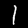
Digit: 1